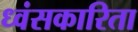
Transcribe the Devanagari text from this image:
ध्वंसकारिता